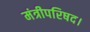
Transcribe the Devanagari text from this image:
मंत्रीपरिषद।